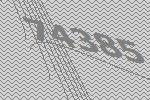
74385